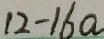
1 2 - 1 6 a